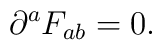
\partial^a F_{ab}  = 0  .\qquad